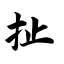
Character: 扯